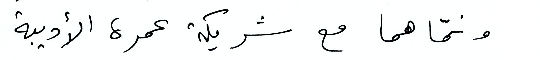
ونمّاهما مع شريكة عمره الأدبية